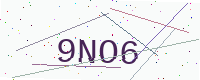
Text: 9NO6